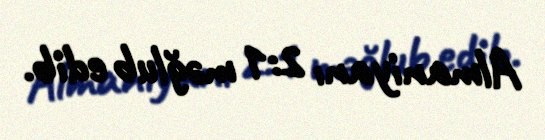
Almaniyanı 2:1 məğlub edib.